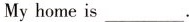
My home is___.